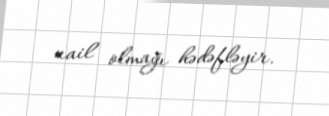
nail olmağı hədəfləyir.